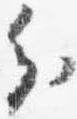
分